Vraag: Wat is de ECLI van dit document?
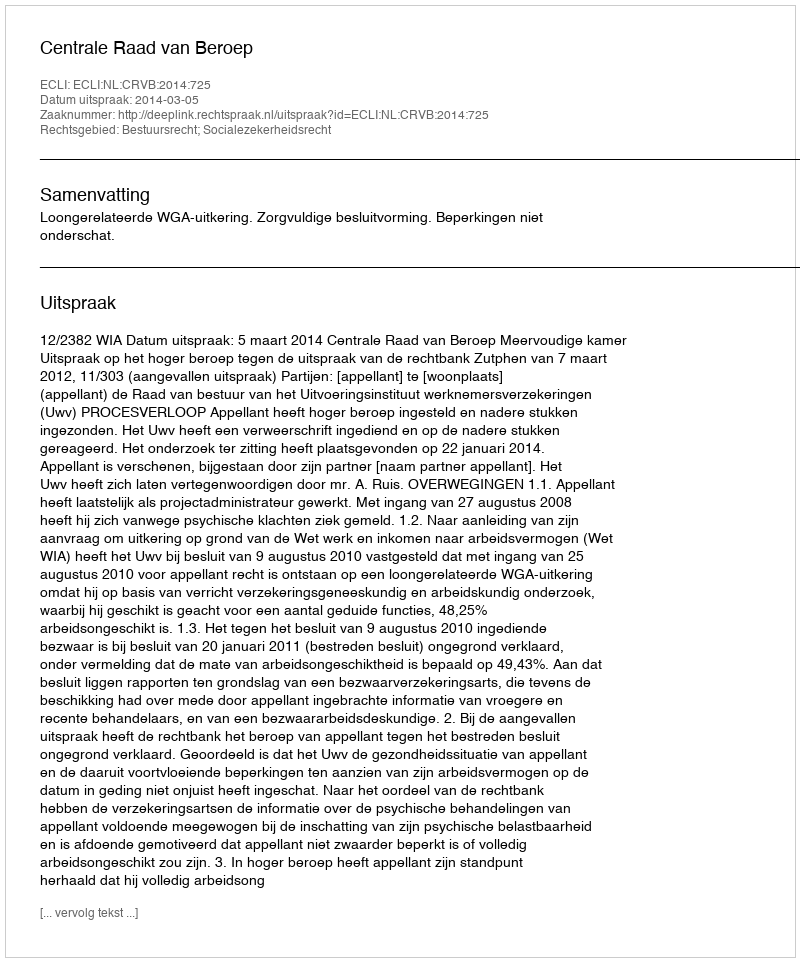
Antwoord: ECLI:NL:CRVB:2014:725